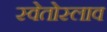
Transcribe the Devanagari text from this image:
स्वेतोस्लाव